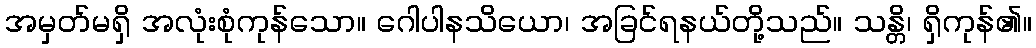
အမှတ်မရှိ အလုံးစုံကုန်သော။ ဂေါပါနသိယော၊ အခြင်ရနယ်တို့သည်။ သန္တိ၊ ရှိကုန်၏။